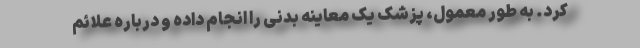
کرد. به طور معمول، پزشک یک معاینه بدنی را انجام داده و درباره علائم